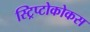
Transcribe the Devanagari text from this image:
स्ट्रिप्टोकोकस